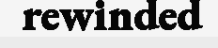
rewinded